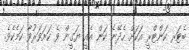
ބެޓަރ ކަންޓްރީ އަކަށް ހެދޭނެ ކަން އެއީ ޔަގީން ވެ ކަށަވަރުވާ ކަމެކެވެ.